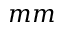
m m